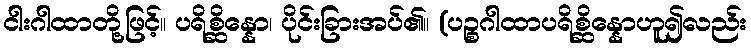
ငါးဂါထာတို့ဖြင့်။ ပရိစ္ဆိန္နော၊ ပိုင်းခြားအပ်၏။ (ပဉ္စဂါထာပရိစ္ဆိန္နောဟူ၍လည်း